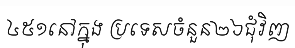
៤៥១នៅក្នុង ប្រទេសចំនួន២៦ជុំវិញ